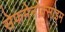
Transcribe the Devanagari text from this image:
सेफमेनोक्साइम